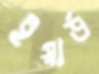
ইয়ার্ড